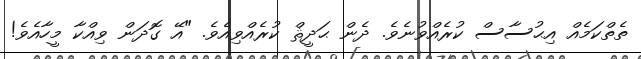
ތެތްކަމެއް އިޙުސާސް ކުރެއްވުނެވެ. ދެން ޙަދީޘް ކުރެއްވިއެވެ. "އޭ ގޮދަން ވިއްކާ މީހާއެވެ!